Annual statistical returns and brief notes on vaccination in Bengal - 1896-1909
Year: 1896
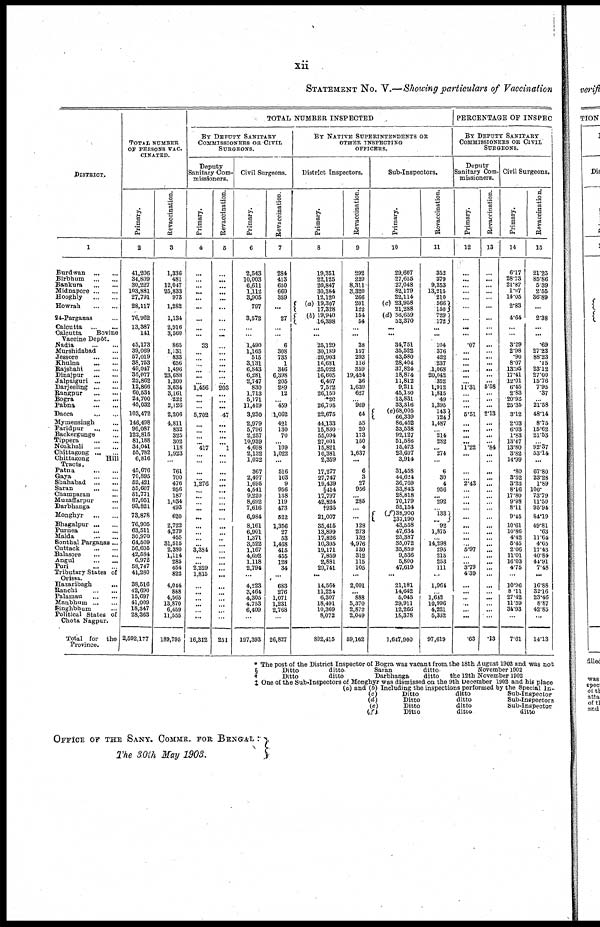
xii
STATEMENT NO. V.—Showing particulars of Vaccination
DISTRICT.
1
Burdwan...
...
Birbhum...
...
Bankura...
...
Midnapore...
...
Hooghly...
...
Howrah...
...
24-Parganas...
Calcutta...
Calcutta
Bovine
Vaccine Depôt.
Nadia...
...
Murshidabad... ...
Jessore...
...
Khulna...
...
Rajshahi...
...
Dinajpur...
...
Jalpaiguri...
...
Darjeeling...
...
Rangpur...
...
Bogra...
...
Pabna...
...
Dacca...
...
Mymensingh... ...
Faridpur... ...
Backergunge...
...
Tippera...
...
Noakhali...
...
Chittagong...
...
Chittagong
Hill
Tracts.
Patna...
...
Gaya...
...
Shahabad...
...
Saran...
...
Champaran... ...
Muzaffarpur... ...
Darbhanga... ...
Monghyr... ...
Bhagalpur...
...
Purnea...
...
Malda...
...
Sonthal Parganas...
Cuttack...
...
Balasore...
...
Angul...
...
Puri...
...
Tributary States of
Orissa.
Hazaribagh...
...
Ranchi...
...
Palamau...
...
Manbhum...
...
Singhbhum... ...
Political States of
Chota Nagpur.
Total for the
Province.
TOTAL NUMBER
OF PERSONS VAC-
CINATED.
Primary.
2
41,206
34,809
30,227
103,881
27,791
28,117
76,962
13,387
141
45,173
39,069
57,019
38,753
49,047
36,077
22,862
12,866
60,534
24,700
45,032
103,472
146,498
96,087
122,815
81,188
34,041
55,782
6,816
45,676
70,895
52,421
55,607
51,771
87,051
93,821
73,878
76,905
63,511
30,970
64,509
56,605
42,584
6,972
58,747
41,280
38,516
42,690
15,697
41,009
18,347
28,363
2,592,177
Revaccination.
3
1,336
481
12,047
25,833
973
1,282
1,134
2,916
3,560
865
1,131
833
656
1,496
23,688
1,300
3,634
3,161
222
2,126
2,206
4,811
832
325
302
118
1,923
...
761
700
476
956
187
1,034
493
620
2,722
4,279
455
31,515
2,380
1,114
285
454
822
4,044
858
4,565
13,870
6,459
11,555
189,795
TOTAL NUMBER INSPECTED
BY DEPUTY SANITARY
COMMISSIONERS OR CIVIL
SURGEONS.
Deputy
Sanitary Com-
missioners.
Primary.
4
...
...
...
...
...
...
...
...
...
33
...
...
...
...
...
...
1,456
...
...
...
5,702
...
...
...
...
417
...
...
...
...
1,276
...
...
...
...
...
...
...
...
...
3,384
...
...
2,229
1,815
...
...
...
...
...
...
16,312
Revaccination.
5
...
...
...
...
...
...
...
...
...
...
...
...
...
...
...
...
203
...
...
...
47
...
...
...
...
1
...
...
...
...
...
...
...
...
...
...
...
...
...
...
...
...
...
...
...
...
...
...
...
...
251
Civil Surgeons.
Primary.
6
2,543
10,003
6,611
1,112
3,905
797
3,572
...
...
1,490
1,165
515
3,131
6,843
6,281
2,747
830
1,713
5,171
11,419
3,230
2,979
5,796
2,257
10,939
4,698
2,132
1,022
367
2,497
1,695
4,541
9,220
8,692
7,616
6,984
8,161
6,901
1,371
3,522
1,167
4,692
1,118
2,794
...
4,223
3,464
4,305
4,753
6,409
197,393
Revaccination.
7
284
413
650
660
359
...
27
...
...
6
308
735
1
346
6,398
205
289
12
...
459
1,062
421
130
70
...
109
1,022
...
516
163
9
956
138
119
473
522
1,356
27
53
1,468
415
455
128
34
...
683
276
1,071
1,231
2,768
26,827
BY NATIVE SUPERINTENDENTS OR
OTHER INSPECTING
OFFICERS.
District Inspectors.
Primary.
8
19,351
22,125
20,847
30,384
12,120
(a) 19,307
17,328
(b) 19,940
16,398
...
...
25,129
30,189
20,903
16,681
25,022
16,605
6,467
7,522
26,150
*20
26,705
22,675
44,133
15,830
55,094
27,001
15,821
10,381
2,359
17,277
27,747
19,439
§414
17,797
42,824
†935
21,007
35,415
13,899
17,826
10,395
19,171
7,859
2,881
29,741
...
14,564
11,224
6,307
18,491
10,369
8,072
892,415
Revaccination.
9
292
229
8,311
3,320
266
201
122
154
54
...
...
38
157
293
116
359
19,424
36
1,639
627
...
969
64
55
20
173
150
4
1,637
...
6
3
27
956
...
285
...
...
128
273
132
4,976
130
312
115
105
...
2,001
...
888
5,870
2,872
2,049
59,162
Sub-Inspectors.
Primary.
10
29,607
27,655
27,048
82,179
22,114
(c) 23,958
21,288
(d) 56,659
52,370
...
...
34,751
35,522
43,580
28,404
37,824
18,874
11,812
9,211
45,130
13,831
33,316
(e)68,005
66,339
86,452
33,538
92,127
51,586
15,473
23,697
3,914
31,458
44,624
36,769
33,843
28,818
70,179
55,154
(f) 38,900
‡37,190
43,558
47,634
25,387
35,072
35,859
9,536
5,800
47,619
...
21,181
14,642
5,045
29,911
12,266
18,378
1,647,900
Revaccination.
11
352
379
9,353
13,215
210
566
150
729
172
...
...
104
376
422
237
1,068
20,042
352
1,912
1,815
49
1,395
143 124
1,487
...
214
282
... 274
...
6
30
4
956
...
292
...
133
... 92
1,875
...
14,298
295
215
253
111
...
1,964
...
1,642
10,996
4,221
6,332
97,619
PERCENTAGE OF INSPEC
BY DEPUTY SANITARY
COMMISSIONERS OR CIVIL
SURGEONS.
Deputy
Sanitary Com.
missioners.
Primary.
12
...
...
...
...
...
...
...
...
...
.07
...
...
...
...
...
...
11.31
...
...
...
5.51
...
...
...
...
1.22
...
...
...
...
2.43
...
...
...
...
...
...
...
...
...
5.97
...
...
3.79
4.39
...
... ...
...
...
...
.63
Revaccination.
13
...
...
...
...
...
...
...
...
...
...
...
...
...
...
...
...
5.58
...
...
...
2.13
...
...
...
...
.84
...
...
...
...
...
...
...
...
...
...
...
...
...
...
... ...
...
...
...
...
...
...
...
...
.13
Civil Surgeons.
Primary.
14
6.17
28.73
21.87
1.07
14.05
2.83
4.64
...
...
3.29
2.98
.90
8.07
13.95
17.41
12.01
6.45
2.83
20.93
25.35
3.12
2.03
6.03
1.83
13.47
13.80
3.82
14.99
.80
3.52
3.23
8.16
17.80
9.98
8.11
9.45
10.61
10.86
4.42
5.45
2.06
11.01
16.03
4.75
...
10.96
8.11
27.42
11.59
34.93
7.61
Revaccination.
15
21.23
85.86
5.39
2.55
36.89
...
2.38
...
...
.69
27.23
88.23
.15
23.12
27.00
15.76
7.95
.37
...
21.58
48.14
8.75
15.62
21.53
...
92.37
53.14
...
67.80
23.28
1.89
100.
73.79
11.50
95.94
84.19
49.81
.63
11.64
4.65
17.43
40.84
44.91
7.48
...
16.88
32.16
23.46
8.87
42.85
...
14.18
* The post of the District Inspector of Bogra was vacant from the 18th August 1902 and was not
§
Ditto
ditto.
Saran
ditto
November 1902
†
Ditto
ditto
Darbhanga
ditto
the 12th November 1902
‡ One of the Sub-Inspectors of Monghyr was dismissed on the 9th December 1902 and his place
(a) and (b) Including the inspections performed by the Special In-
(c)
Ditto
ditto
Sub-Inspector
(d)
Ditto
ditto
Sub-Inspectors
(e)
Ditto
ditto
Sub-Inspector
(f)
Ditto
ditto
ditto
OFFICE OF THE SANY. COMMR. FOR BENGAL:
The 30th May 1903.